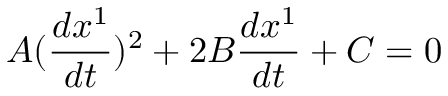
A ( \frac { d x ^ { 1 } } { d t } ) ^ { 2 } + 2 B \frac { d x ^ { 1 } } { d t } + C = 0